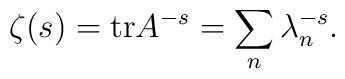
\zeta(s) = {\rm tr} A^{-s} = \sum_n \lambda_n^{-s}.